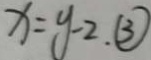
x = y - 2 , \textcircled { 3 }